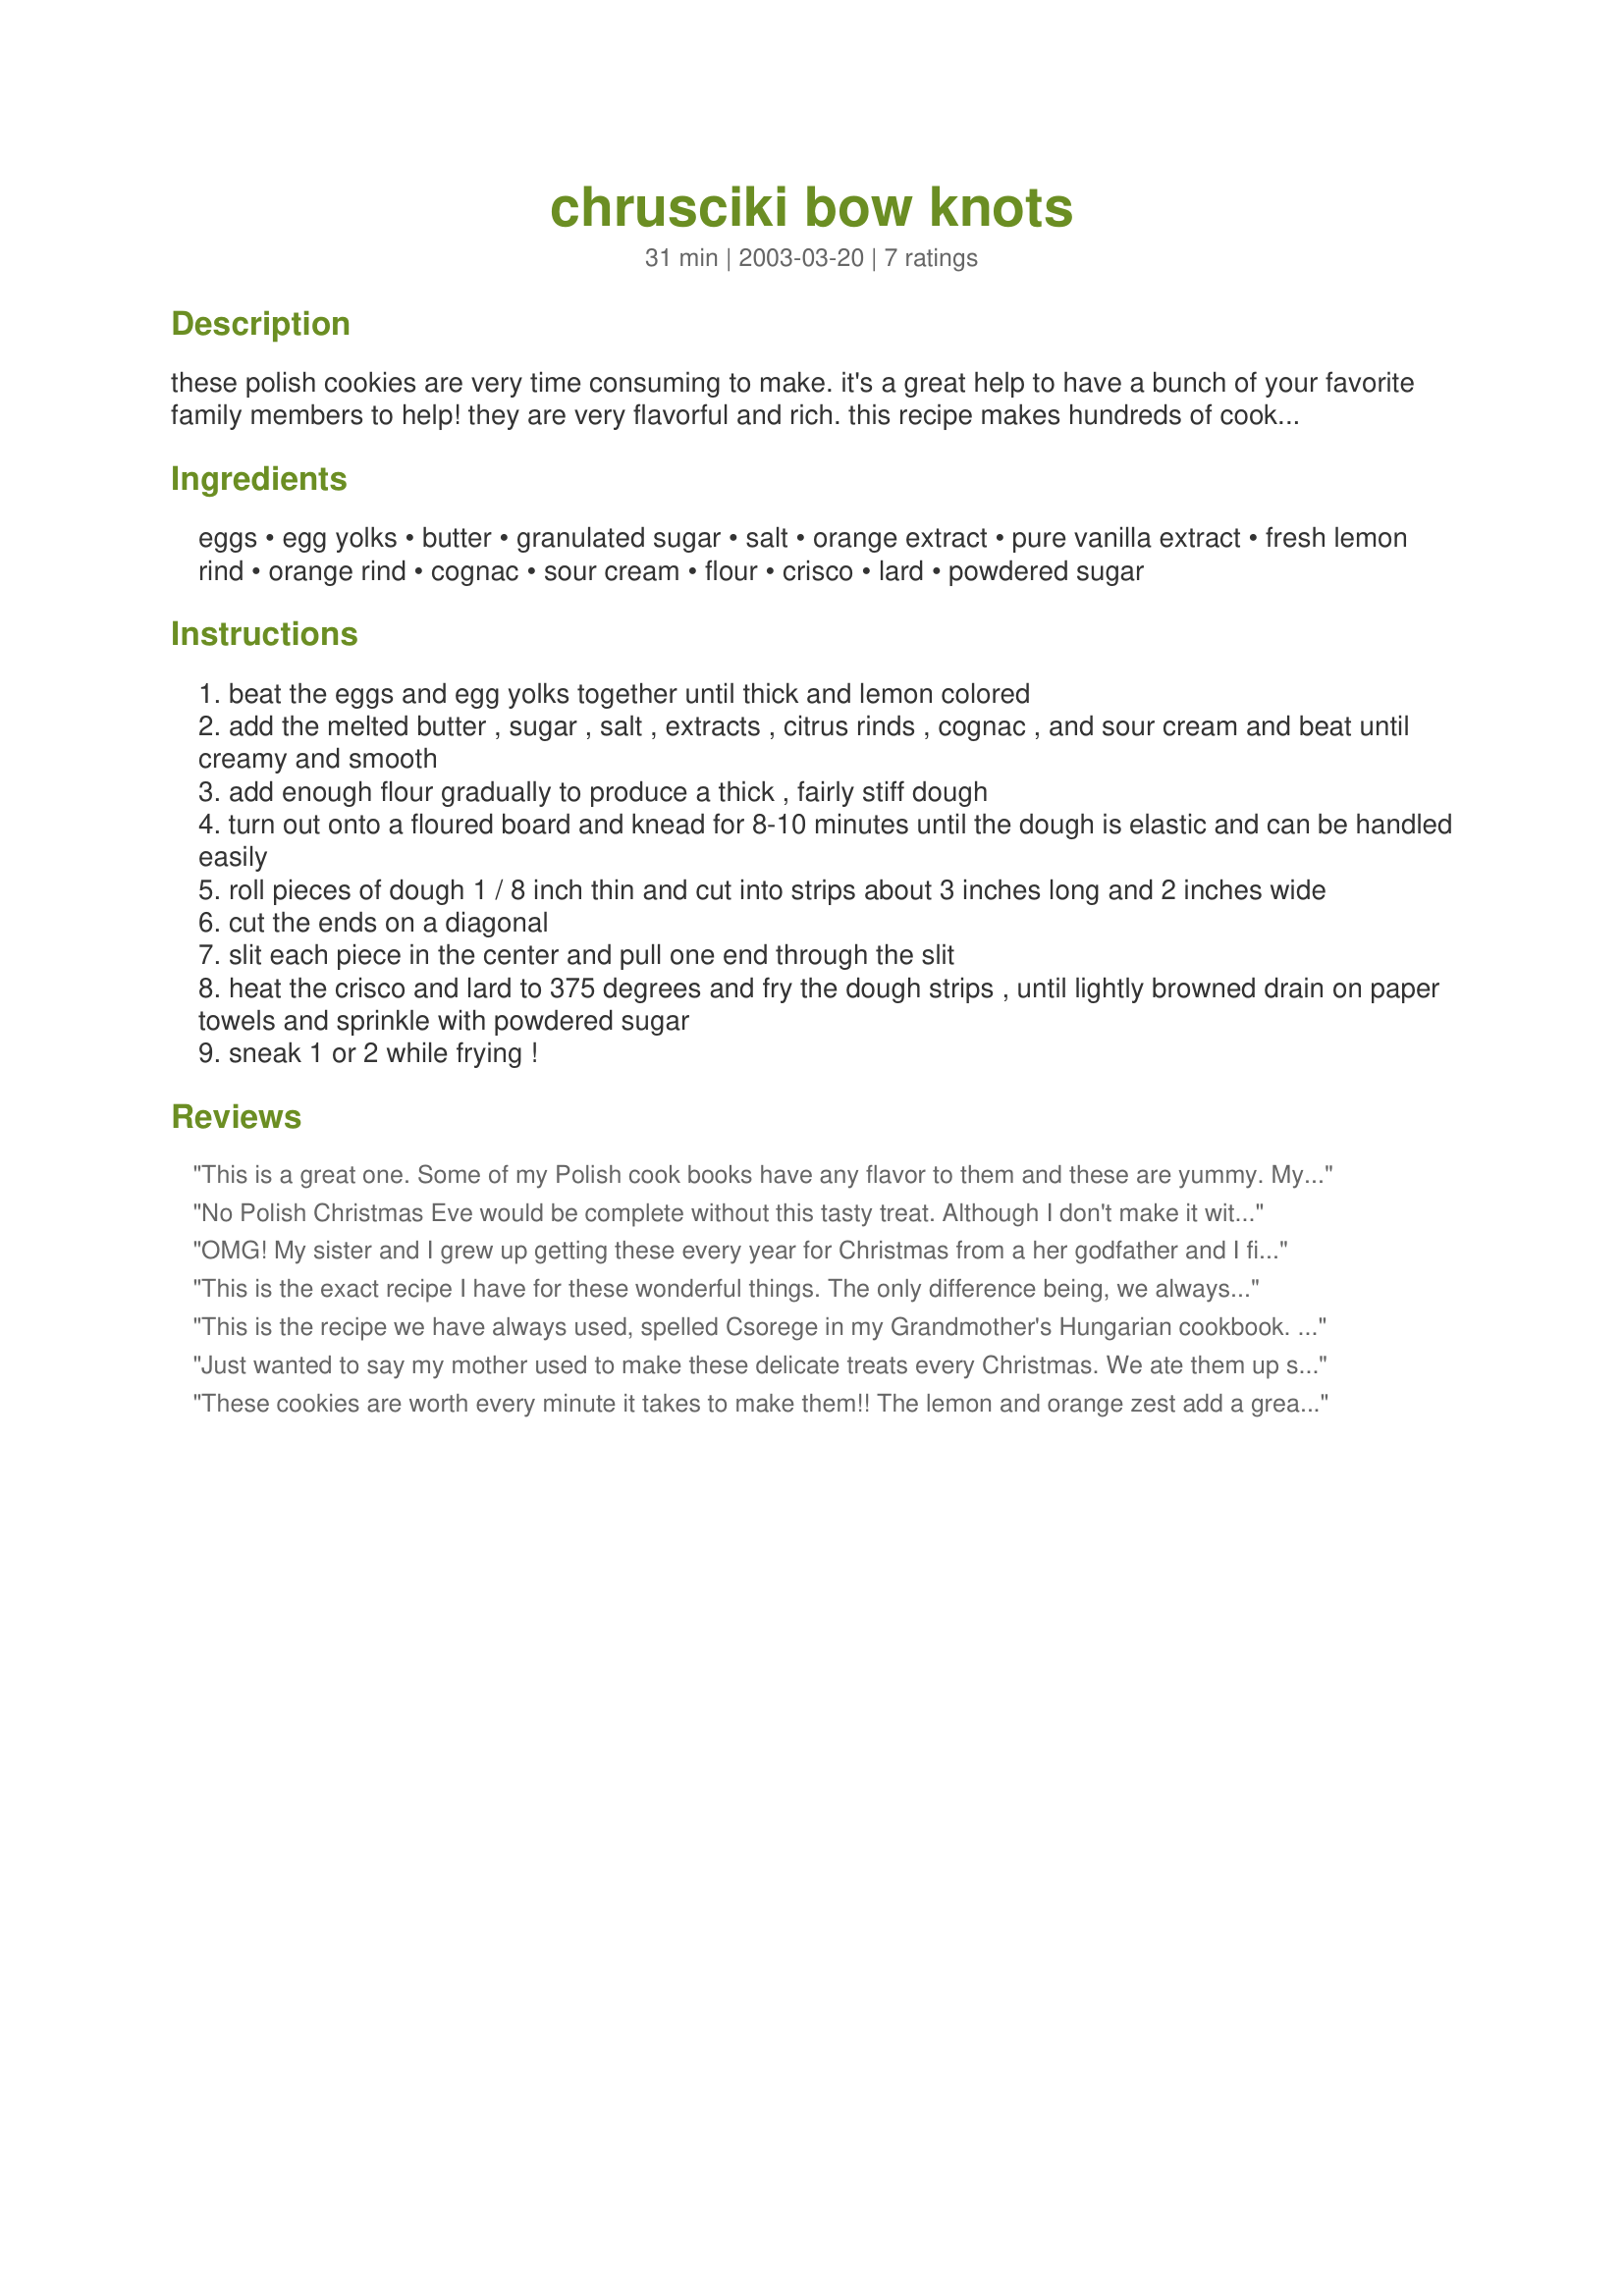
chrusciki bow knots
Preparation time: 31 minutes

these polish cookies are very time consuming to make. it's a great help to have a bunch of your favorite family members to help! they are very flavorful and rich. this recipe makes hundreds of cookies. literally. but they are worth it in the end. the cognac can easily be omitted entirely but why bother! you can cut the kneading time down by using a food processor! use a couple of pans for frying to make it go faster! (assembly line)! cook time is 1 minute per batch of cookies!

Ingredients:
eggs, egg yolks, butter, granulated sugar, salt, orange extract, pure vanilla extract, fresh lemon rind, orange rind, cognac, sour cream, flour, crisco, lard, powdered sugar

Steps:
beat the eggs and egg yolks together until thick and lemon colored
add the melted butter , sugar , salt , extracts , citrus rinds , cognac , and sour cream and beat until creamy and smooth
add enough flour gradually to produce a thick , fairly stiff dough
turn out onto a floured board and knead for 8-10 minutes until the dough is elastic and can be handled easily
roll pieces of dough 1 / 8 inch thin and cut into strips about 3 inches long and 2 inches wide
cut the ends on a diagonal
slit each piece in the center and pull one end through the slit
heat the crisco and lard to 375 degrees and fry the dough strips , until lightly browned drain on paper towels and sprinkle with powdered sugar
sneak 1 or 2 while frying !

Reviews:
This is a great one. Some of my Polish cook books have any flavor to them and these are yummy. My son is getting married and they want a family reciepe for their wedding favor, we are doing this one as ours . so thanks so much for the post.
No Polish Christmas Eve would be complete without this tasty treat. Although I don't make it with the lemon or orange additives, the recipe is just the same. I do have a hint that will either save you time or give you more time to make more!! My sister and I use our pasta maker to crank out the dough. What used to hours takes slightly more than one hour ..providing we don't make sure that the cognac isn't spoiled......Hope this helps!
Merry Christmas to ALL!
Jan
OMG! My sister and I grew up getting these every year for Christmas from a her godfather and I finally attempted to made them this year myself and surprise my sister :-) They were amazing! She loved them too. Thank you for this recipe! Also for people who are lazy like me, I used the dough to made some cookies right away and saved half in the fridge for the next day and they were still the same. Just double wrap in plastic wrap. But I rolled the second batch wayy thinner and fried as I cut and they taste just as I remember when they are thinner :-)
This is the exact recipe I have for these wonderful things. The only difference being, we always called them "favorki". Different name, same wonderful cookie. They are also incredible drizzled with honey right before eating. Definitely worth the trouble and time.
This is the recipe we have always used, spelled Csorege in my Grandmother's Hungarian cookbook. These were the cookies we kids asked for on special occasions, we even had a rhyme about these, same as the "I scream for ice cream" rhyme but "I shriek-y for ka-shreeg-eee" instead. These never last more than fifteen minutes in our house and Christmas isn't Christmas without these. Soooo good. We save these for special occasions because they're a little time-consuming to make, but they are definitely worth the effort. Make sure you flour the heck out of your rolling surfaces because this dough sticks like crazy.
Just wanted to say my mother used to make these delicate treats every Christmas. We ate them up so fast. Thanks for the recipe, very close to the way moms' tasted
These cookies are worth every minute it takes to make them!! The lemon and orange zest add a great element of flavor, and I'll tell you a secret..I snuck WAY more than 1 or 2 !! They are rich, crisp, and absolutely wonderful !!
I left the cognac out because I didn't have any--the cookies were terrific just the same!! I'm going to add these little gems to my Christmas Cookie list of 'must haves'--will make many times in the future!!! THANK YOU!!!
Teresa
